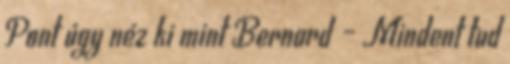
Pont úgy néz ki mint Bernard – Mindent tud